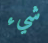
شيء